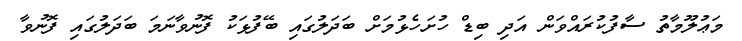
މަޢުލޫމާތު ސާފުކުރައްވަން އަދި ބިޑް ހުށަހެޅުމަށް ބަދަލުގައި ބޭފުޅަކު ފޮނުވާނަމަ ބަދަލުގައި ފޮނުވާ